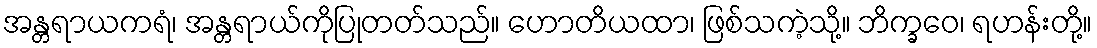
အန္တရာယကရံ၊ အန္တရာယ်ကိုပြုတတ်သည်။ ဟောတိယထာ၊ ဖြစ်သကဲ့သို့။ ဘိက္ခဝေ၊ ရဟန်းတို့။